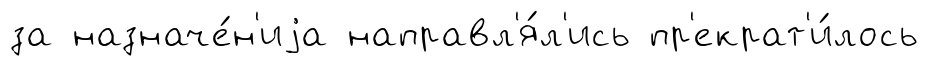
за назначе́н'иjа направл'я́л'ись пр'екрат'и́лось